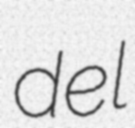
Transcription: del